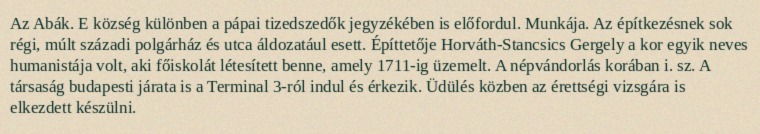
Az Abák. E község különben a pápai tizedszedők jegyzékében is előfordul. Munkája. Az építkezésnek sok régi, múlt századi polgárház és utca áldozatául esett. Építtetője Horváth-Stancsics Gergely a kor egyik neves humanistája volt, aki főiskolát létesített benne, amely 1711-ig üzemelt. A népvándorlás korában i. sz. A társaság budapesti járata is a Terminal 3-ról indul és érkezik. Üdülés közben az érettségi vizsgára is elkezdett készülni.